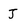
Character: J